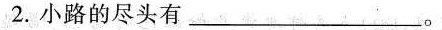
2.小路的尽头有_______。